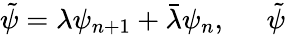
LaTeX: \tilde{\psi}=\lambda\psi_{n+1}+\bar{\lambda}\psi_{n},\; \; \; \; \; \tilde{\psi}